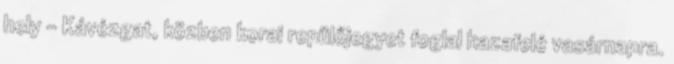
hely - Kávézgat, közben korai repülőjegyet foglal hazafelé vasárnapra.